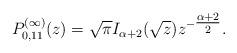
LaTeX: \begin{align*}P_{0,11}^{(\infty)}(z) = \sqrt{\pi} I_{\alpha+2}(\sqrt{z}) z^{- \tfrac{\alpha+2}{2}}.\end{align*}